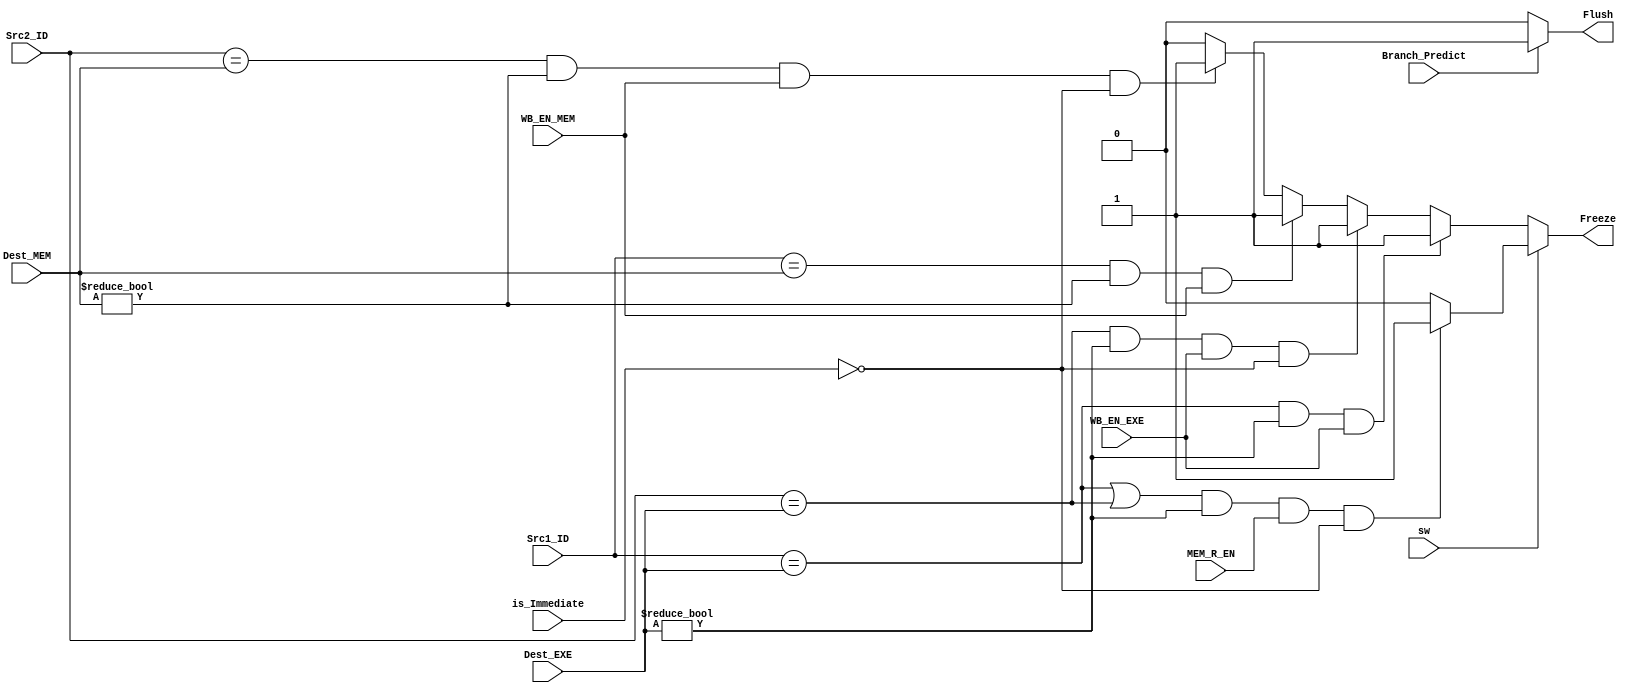
module Hazard_Detect (
  input sw,
  input [4:0] Src1_ID,
  input [4:0] Src2_ID,
  input Branch_Predict,
  input is_Immediate,
  input WB_EN_MEM,
  input WB_EN_EXE,
  input MEM_R_EN,
  input [4:0] Dest_EXE,
  input [4:0] Dest_MEM,
	output reg Freeze,
  output reg Flush
);
	always @(*) begin 
    Freeze = 1'b0;
    Flush = 1'b0;
    if(sw) begin 
      
          
      if(Branch_Predict) //branch_prediction
        Flush = 1'b1;
      if ((Src1_ID == Dest_EXE  || Src2_ID == Dest_EXE ) && Dest_EXE != 5'b0 && MEM_R_EN && !is_Immediate )   // add conditon that previous operand was load word  
        Freeze = 1'b1;

    end
    else begin
        if(Branch_Predict)
          Flush = 1'b1;
        if ((Src1_ID == Dest_EXE ) && Dest_EXE != 5'b0 && WB_EN_EXE)     
          Freeze = 1'b1;
        else if ((Src2_ID == Dest_EXE ) && Dest_EXE != 5'b0 && WB_EN_EXE && !is_Immediate)     
          Freeze = 1'b1;
        else if ((Src1_ID == Dest_MEM ) && Dest_MEM != 5'b0 && WB_EN_MEM) 
          Freeze = 1'b1; 
        else if ((Src2_ID == Dest_MEM ) && Dest_MEM != 5'b0 && WB_EN_MEM && !is_Immediate) 
          Freeze = 1'b1;

    end

    // else if ((Src2_ID == Dest_EXE ) && Dest_EXE != 5'b0 && WB_EN_EXE && !is_Immediate)     
    //   Freeze = 1'b1;
    // else if ((Src1_ID == Dest_MEM ) && Dest_MEM != 5'b0 && WB_EN_MEM) 
    //   Freeze = 1'b1; 
    // else if ((Src2_ID == Dest_MEM ) && Dest_MEM != 5'b0 && WB_EN_MEM && !is_Immediate) 
    //   Freeze = 1'b1;  

        
  	end
endmodule // Hazard_Detect